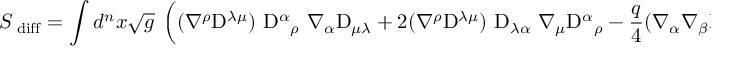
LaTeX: S _ { \mathrm { \tiny ~ d i f f } } = \int d ^ { n } x \sqrt { g } ~ \left( ( \nabla ^ { \rho } \mathrm { D } ^ { \lambda \mu } ) ~ \mathrm { D } ^ { \alpha } { } _ { \rho } ~ \nabla _ { \alpha } \mathrm { D } _ { \mu \lambda } + 2 ( \nabla ^ { \rho } \mathrm { D } ^ { \lambda \mu } ) ~ \mathrm { D } _ { \lambda \alpha } ~ \nabla _ { \mu } \mathrm { D } ^ { \alpha } { } _ { \rho } - \frac { q } 4 ( \nabla _ { \alpha } \nabla _ { \beta } \mathrm { D } ^ { \alpha \beta } ) { } \nabla _ { \lambda } \nabla _ { \mu } { } \mathrm { D } ^ { \lambda \mu } { } - \frac 1 2 ( \nabla ^ { \alpha } \mathrm { D } ^ { \beta \gamma } ) \nabla _ { \alpha } \mathrm { D } _ { \beta \gamma } \right) .